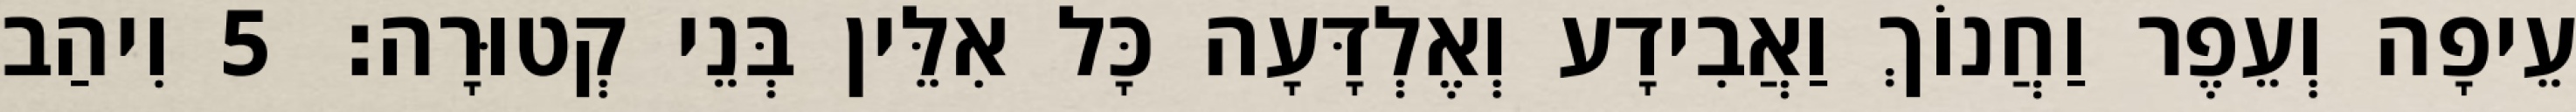
עֵיפָה וְעֵפֶר וַחֲנוֹךְ וַאֲבִידָע וְאֶלְדָּעָה כָּל אִלֵּין בְּנֵי קְטוּרָה׃ 5 וִיהַב